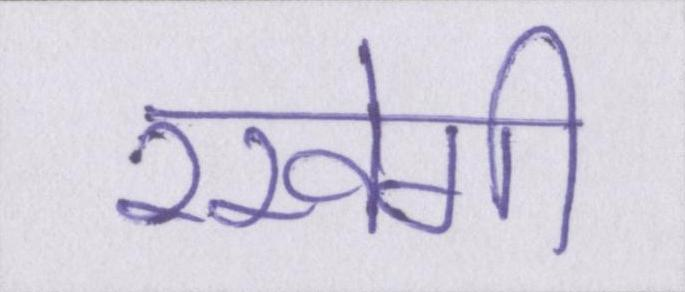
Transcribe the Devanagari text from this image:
रखेगी